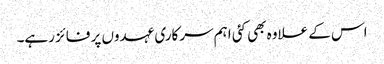
اس کے علاوہ بھی کئی اہم سرکاری عہدوں پر فائز رہے۔